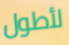
لأطول